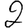
Digit: 2